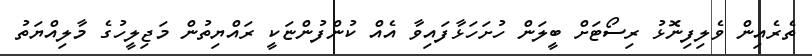
ތެރެއިން ވެލިފިނޮޅު ރިސޯޓަށް ބީލަން ހުށަހަޅާފައިވާ އެއް ކުންފުންޏަކީ ރައްޔިތުން މަޖިލީހުގެ މާލިއްޔަތު